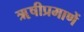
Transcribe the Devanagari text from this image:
ॠषीप्रमाणें